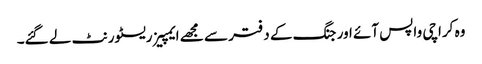
وہ کراچی واپس آئے اور جنگ کے دفتر سے مجھے ایمپیز ریسٹورنٹ لے گئے۔